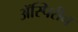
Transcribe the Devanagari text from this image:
ॲस्पिरीन